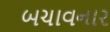
બચાવનાર